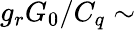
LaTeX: g_{r}G_{0}/C_{q}\sim